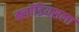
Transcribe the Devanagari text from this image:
क्लॉडियसला